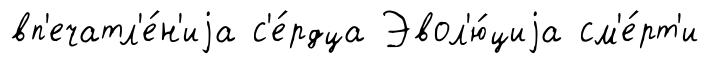
вп'ечатл'е́н'иjа с'е́рдца Эвол'ю́циjа см'е́рт'и